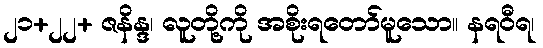
၂၁+၂၂+ ဇနိန္ဒ၊ လူတို့ကို အစိုးရတော်မူသော။ နရဝီရ၊